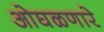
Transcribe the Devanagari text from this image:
ओघळणारे